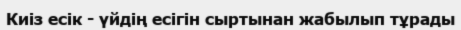
Киіз есік - үйдің есігін сыртынан жабылып тұрады